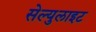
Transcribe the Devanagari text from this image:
सेल्युलाइट